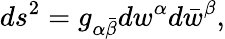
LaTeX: ds^{2}=g_{\alpha\bar{\beta}}dw^{\alpha}d\bar{w}^{\beta},